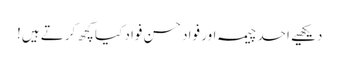
دیکھیے احد چیمہ اور فواد حسن فواد کیا کچھ کرتے ہیں!